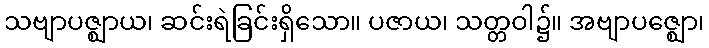
သဗျာပဇ္ဈာယ၊ ဆင်းရဲခြင်းရှိသော။ ပဇာယ၊ သတ္တဝါ၌။ အဗျာပဇ္ဈော၊